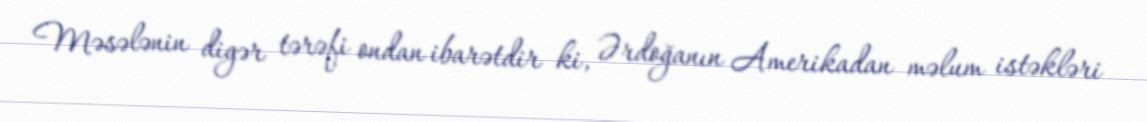
Məsələnin digər tərəfi ondan ibarətdir ki, Ərdoğanın Amerikadan məlum istəkləri